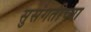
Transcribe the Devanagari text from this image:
सुसंगतीच्या